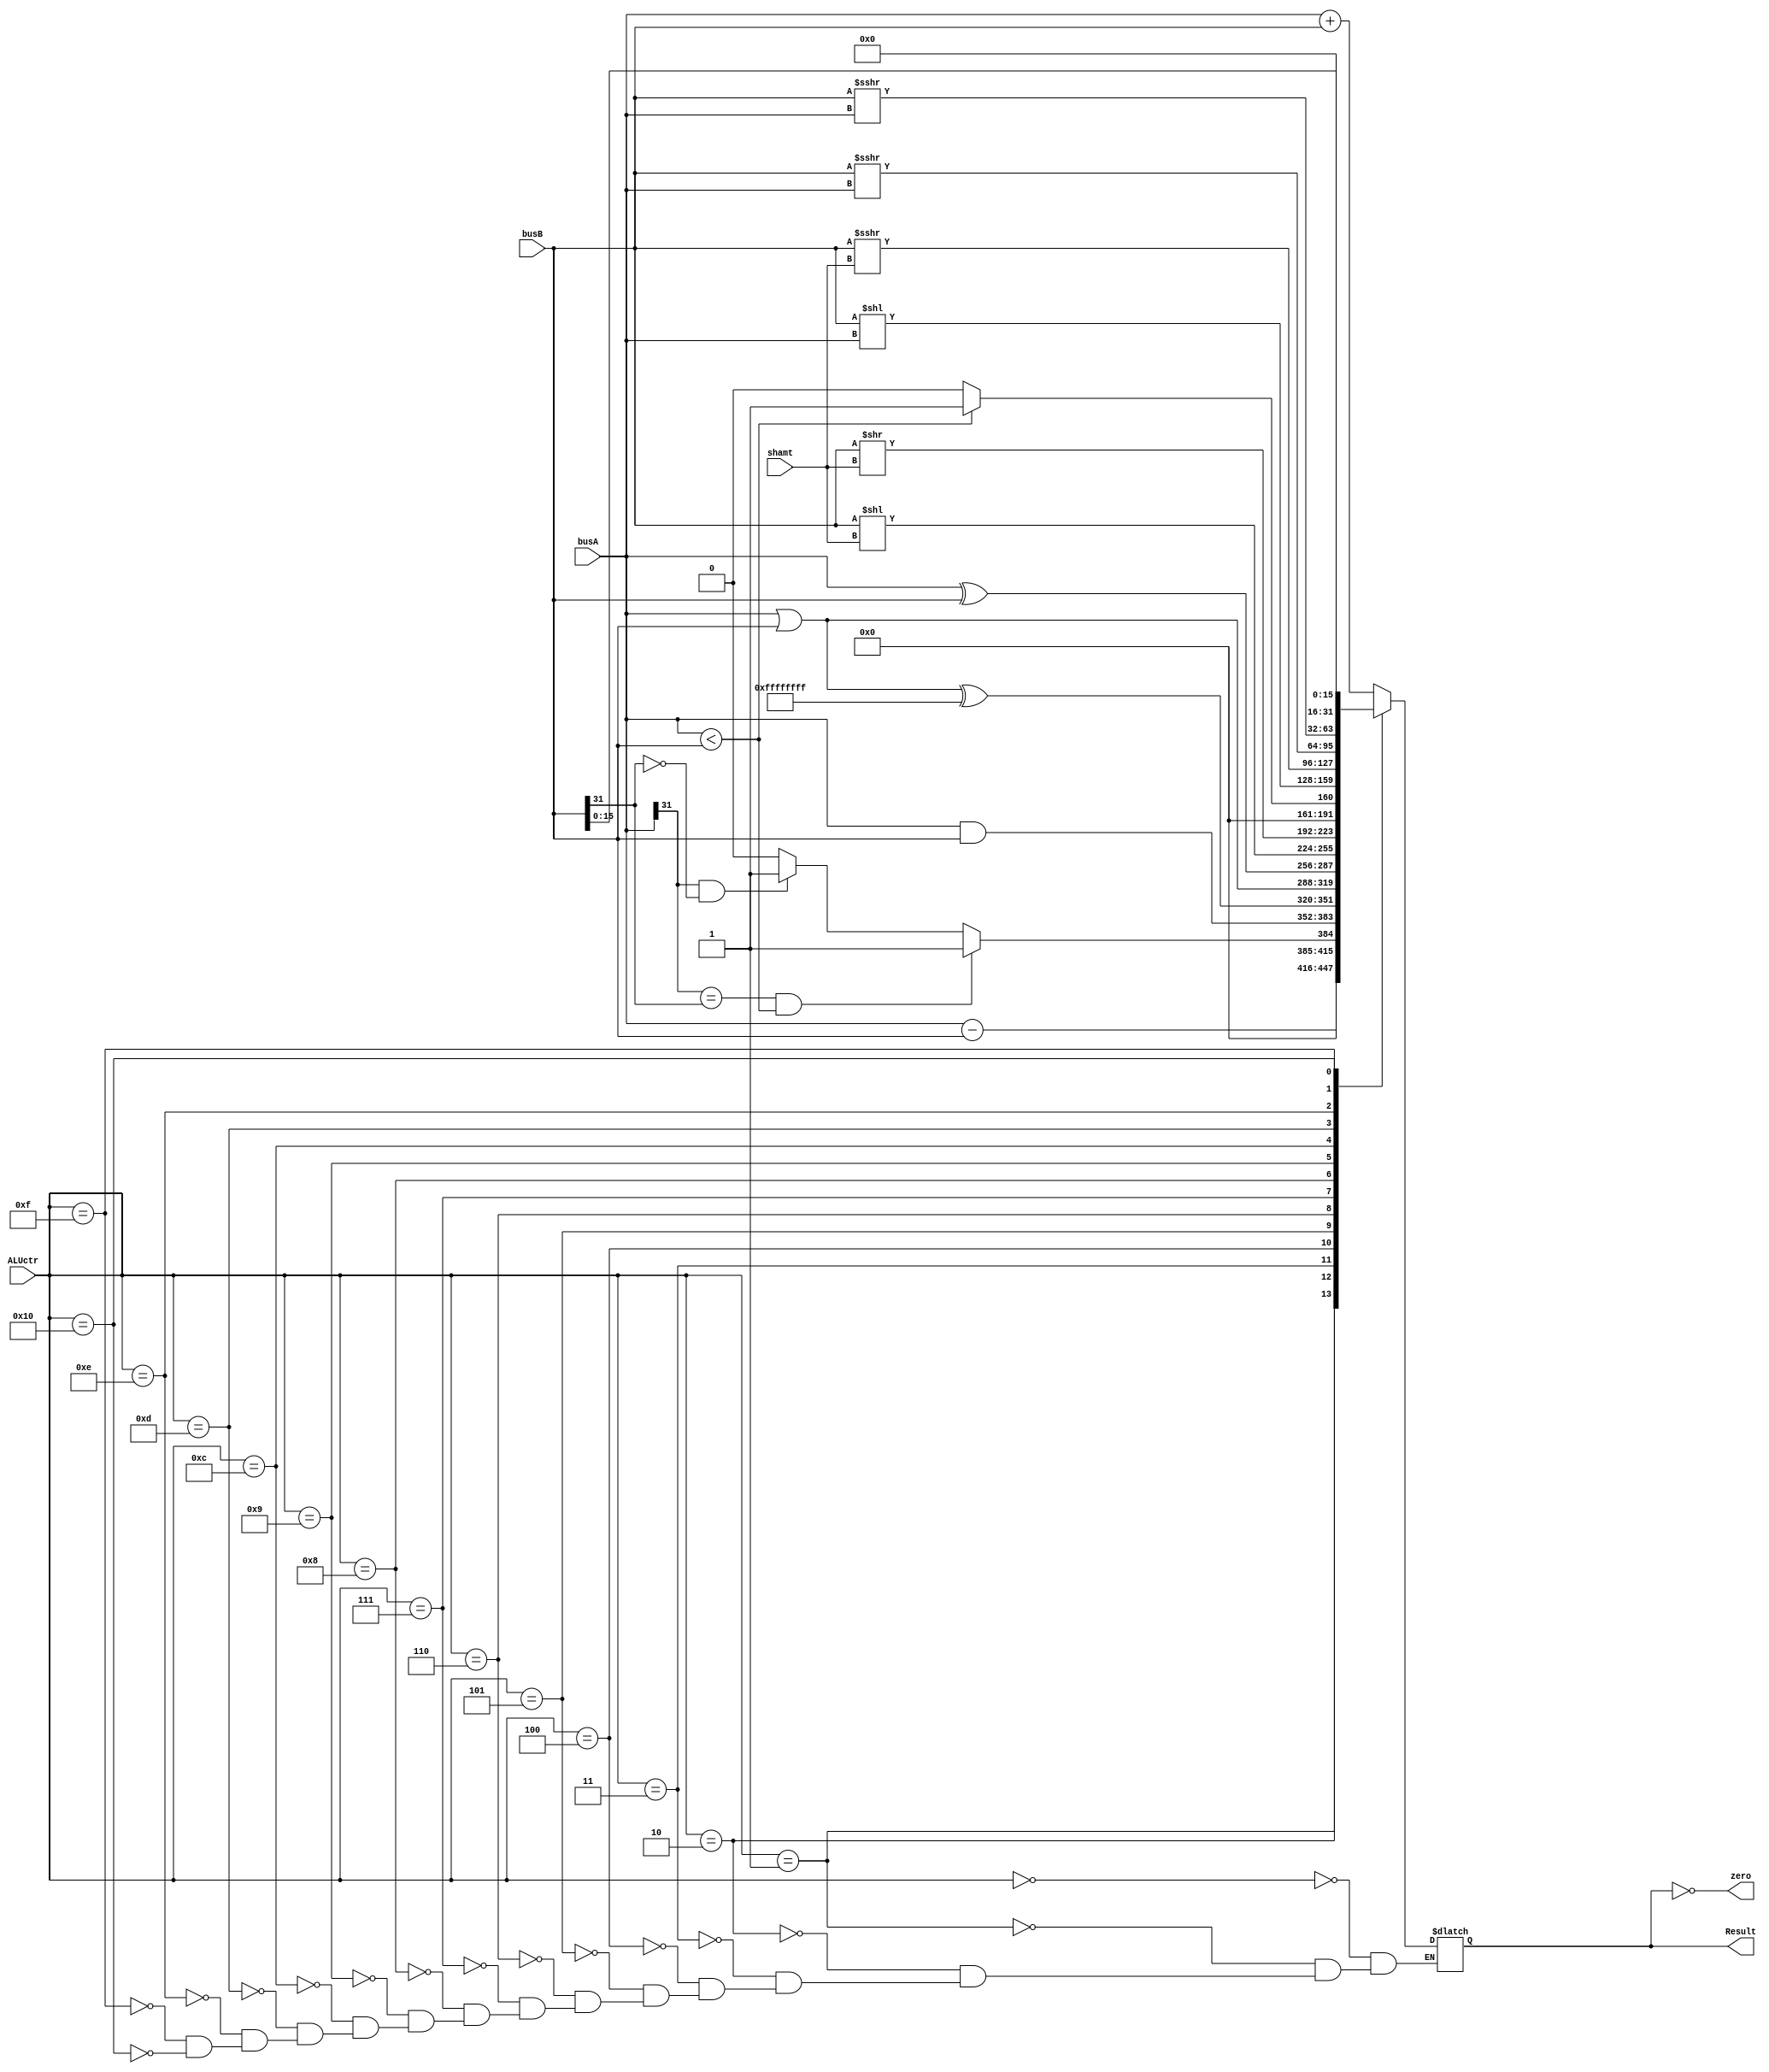
module ALU  (input [4:0] ALUctr,
			input [31:0] busA,
			input [31:0] busB,
			input [4:0] shamt,
			output zero,
			output reg[31:0] Result);

	assign zero=(Result==0);
	
	always@(busA or busB or ALUctr) begin
		case(ALUctr)
			5'b00000 : Result <= busA + busB; //addu
			5'b00001 : Result <= busA - busB; //subu
			5'b00010 : //sltslti
				begin
					if(busA[31]==busB[31]&&busA<busB) //
						Result=1;
					else if(busA[31]==1&&busB[31]==0) //AB
						Result=1;
					else
						Result=0;
				end
			5'b00011 : Result <= busA & busB; //andandi
			5'b00100 : Result <= (busA | busB)^32'hffffffff; //nor
			5'b00101 : Result <= busA | busB; //orori
			5'b00110 : Result <= busA ^ busB; //xorxori
			5'b00111 : Result <= busB << shamt; //sll
			5'b01000 : Result <= busB >> shamt; //srl
			5'b01001 : Result <= (busA < busB)?1:0; //sltu
			//5'b010105'b01011jalrjr
			5'b01100 : Result <= busB << busA; //sllv
			5'b01101 : Result <= ($signed(busB)) >>> shamt; //sra
			5'b01110 : Result <= ($signed(busB)) >>> busA; //srav
			5'b01111 : Result <= ($unsigned(busB)) >>> busA; //srlv
			5'b10000 : Result <= {busB[15:0],16'b0}; //lui
		endcase
	end

endmodule